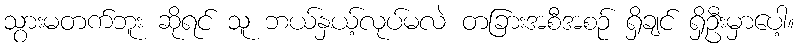
သွားမတက်ဘူး ဆိုရင် သူ ဘယ်နှယ့်လုပ်မလဲ တခြားအစီအစဉ် ရှိချင် ရှိဦးမှာပေါ့။